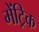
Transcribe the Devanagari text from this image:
मेंट्रिक